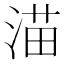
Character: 渵